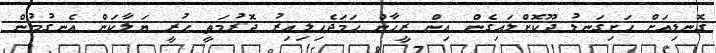
ގޮނޑިއަށް ހަށިގަނޑު ދޫކޮށްލައިގެން އިން ރީހާން ހަމަޖެހިލިއިރު ދޮރުމަތީ ހުރީ ޔަލާކަން އެނގުމުން